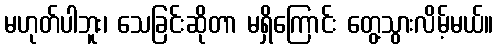
မဟုတ်ပါဘူး၊ သေခြင်းဆိုတာ မရှိကြောင်း တွေ့သွားလိမ့်မယ်။